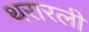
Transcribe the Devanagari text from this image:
थरारली